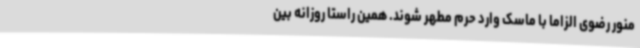
منور رضوی الزاما با ماسک وارد حرم مطهر شوند. همین راستا روزانه بین